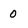
Character: 0